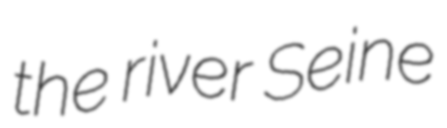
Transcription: the river Seine